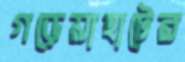
গড়েয়াহাটের